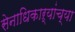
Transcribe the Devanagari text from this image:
सेनाधिकाऱ्यांच्या